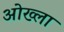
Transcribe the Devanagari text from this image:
ओख्ला